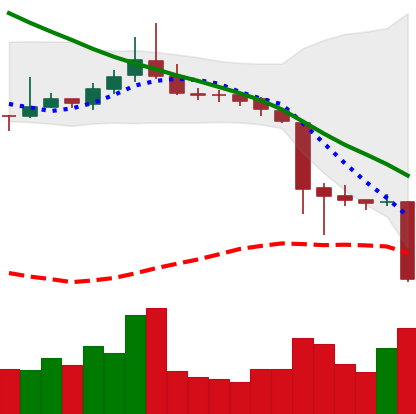
Ticker: TRX-USD
Chart end date: 2018-11-19
Forward return: -20.597%
Label: down_7plus